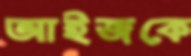
আইজকে